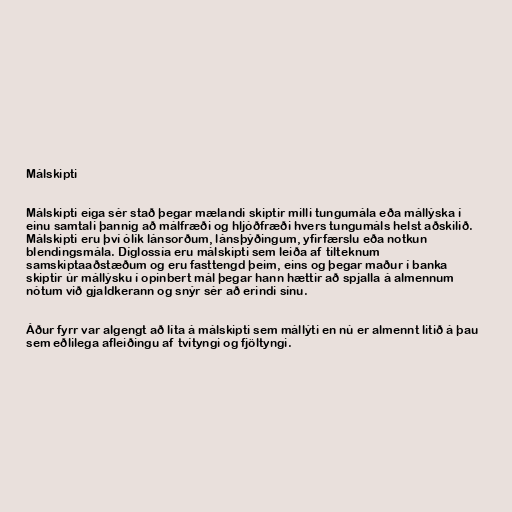
Málskipti

Málskipti eiga sér stað þegar mælandi skiptir milli tungumála eða mállýska í
einu samtali þannig að málfræði og hljóðfræði hvers tungumáls helst aðskilið.
Málskipti eru því ólík lánsorðum, lánsþýðingum, yfirfærslu eða notkun
blendingsmála. Díglossía eru málskipti sem leiða af tilteknum
samskiptaaðstæðum og eru fasttengd þeim, eins og þegar maður í banka
skiptir úr mállýsku í opinbert mál þegar hann hættir að spjalla á almennum
nótum við gjaldkerann og snýr sér að erindi sínu.

Áður fyrr var algengt að líta á málskipti sem mállýti en nú er almennt litið á þau
sem eðlilega afleiðingu af tvítyngi og fjöltyngi.